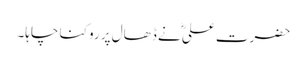
حضرت علیؓ نے ڈھال پر روکنا چاہا۔